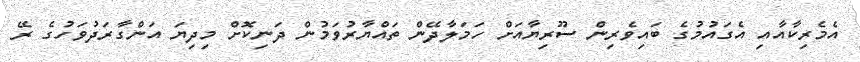
އެމެރިކާއާއި އެގައުމުގެ ބައިވެރިން ސޫރިޔާއަށް ހަމަލާދޭން ތައްޔާރުވަމުން ދަނިކޮށް މިދިޔަ އަންގާރަދުވަހުގެ ރޭ